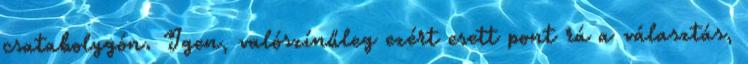
csatabolygón. Igen, valószínűleg ezért esett pont rá a választás,